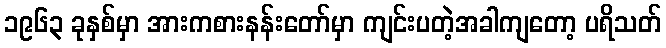
၁၉၆၃ ခုနှစ်မှာ အားကစားနန်းတော်မှာ ကျင်းပတဲ့အခါကျတော့ ပရိသတ်